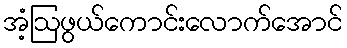
အံ့ဩဖွယ်ကောင်းလောက်အောင်